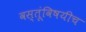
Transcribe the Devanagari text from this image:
वस्तूंविषयीच